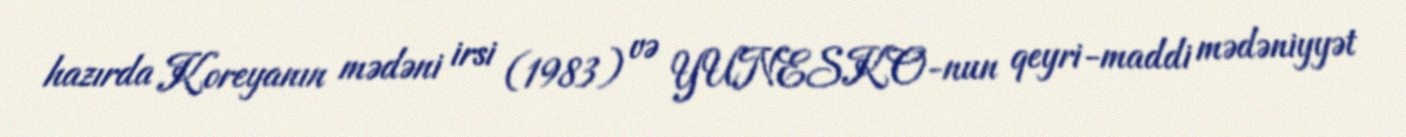
hazırda Koreyanın mədəni irsi (1983) və YUNESKO-nun qeyri-maddi mədəniyyət